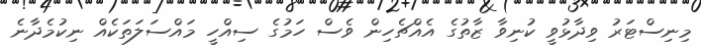
މިނިސްޓަރު ވިދާޅުވީ ކުނިވާ ޒާތުގެ އެއްޗެހިން ވެސް ހަމުގެ ސިއްހީ މައްސަލަތަކެއް ނިކުމެދާނެ